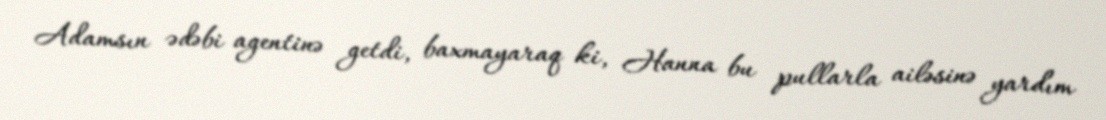
Adamsın ədəbi agentinə getdi, baxmayaraq ki, Hanna bu pullarla ailəsinə yardım